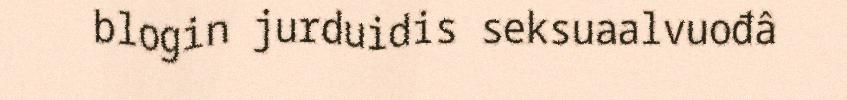
blogin jurduidis seksuaalvuođâ